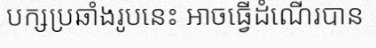
បក្សប្រឆាំងរូបនេះ អាចធ្វើដំណើរបាន